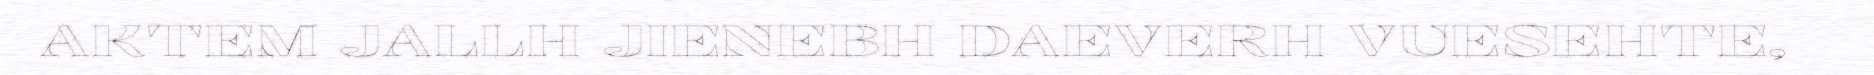
AKTEM JALLH JIENEBH DAEVERH VUESEHTE,